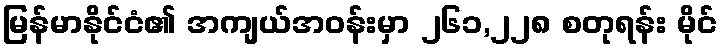
မြန်မာနိုင်ငံ၏ အကျယ်အဝန်းမှာ ၂၆၁,၂၂၈ စတုရန်း မိုင်